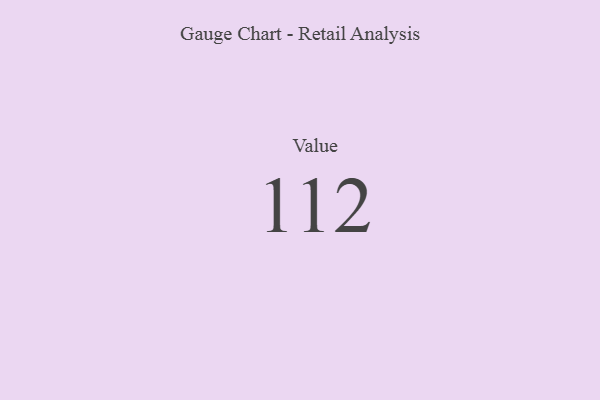
{"axis": {"x": "Metric", "y": "Value"}, "legend": [""], "data": [{"x": "Value", "y": 112, "type": ""}]}